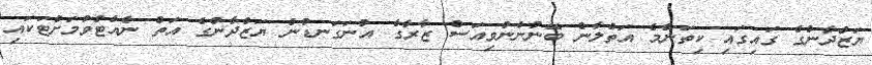
ޔަޒްދާންގެ ގައިގައި ކިތަންމެ އަތްލާން ބޭނުންނުވިއަސް ޒާރާގެ އުނަގަނޑުން ޔަޒްދާންގެ އަތް ނެއްޓުވުމަށްޓަކައި